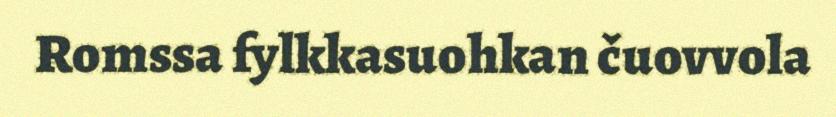
Romssa fylkkasuohkan čuovvola